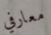
معارفي